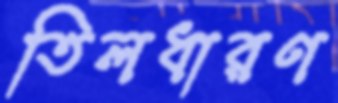
তিলধারণ